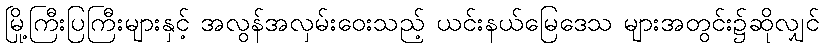
မြို့ကြီးပြကြီးများနှင့် အလွန်အလှမ်းဝေးသည့် ယင်းနယ်မြေဒေသ များအတွင်း၌ဆိုလျှင်